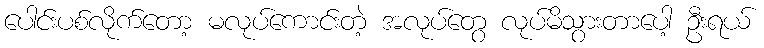
ပေါင်းပစ်လိုက်တော့ မလုပ်ကောင်းတဲ့ အလုပ်တွေ လုပ်မိသွားတာပေါ့ ဦးရယ်